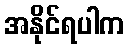
အနိုင်ရပါက